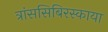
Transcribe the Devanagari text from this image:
त्रांससिबिरस्काया